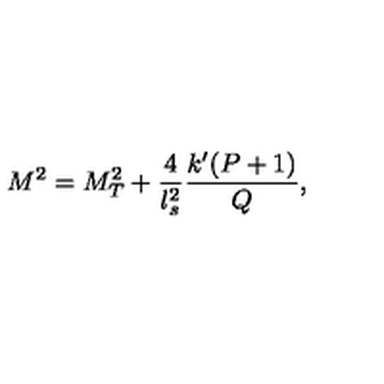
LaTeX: M ^ { 2 } = M _ { T } ^ { 2 } + \frac { 4 } { l _ { s } ^ { 2 } } \frac { k ^ { \prime } ( P + 1 ) } { Q } ,